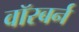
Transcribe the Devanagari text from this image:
वॉरबर्न